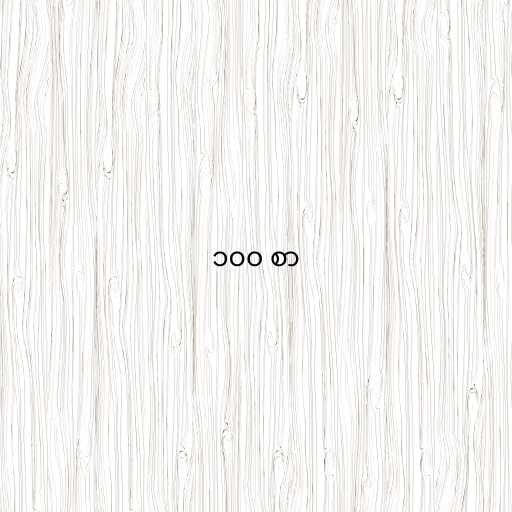
၁၀၀ စာ